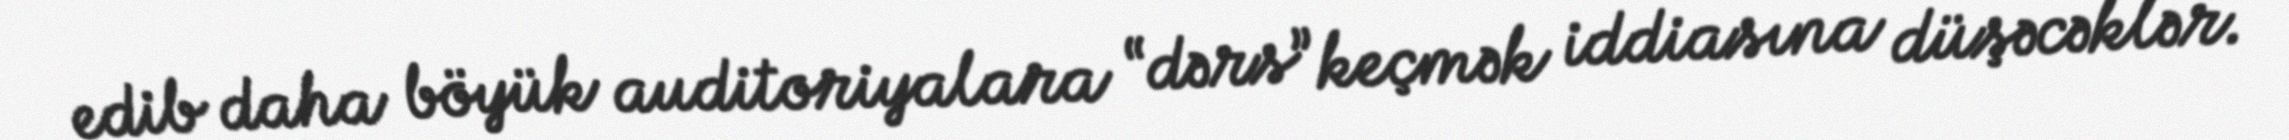
edib daha böyük auditoriyalara “dərs” keçmək iddiasına düşəcəklər.